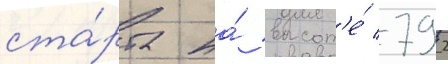
ста́рта на́ высот'е́ 792